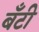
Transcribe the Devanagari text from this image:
बॅंटी